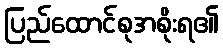
ပြည်ထောင်စုအစိုးရ၏